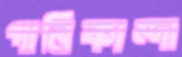
পানিকান্দা